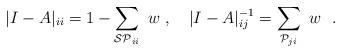
\begin{align*}|I-A|_{ii} = 1 - \sum_{{\cal SP}_{ii}} \ w \ , \quad|I-A|_{ij}^{-1} = \sum_{{\cal P}_{ji}} \ w \ \ .\end{align*}